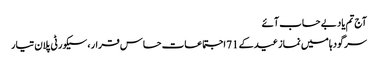
آج تم یاد بے حساب آئے
سرگودہا میں نماز عید کے 71 اجتماعات حساس قرار ، سیکورٹی پلان تیار